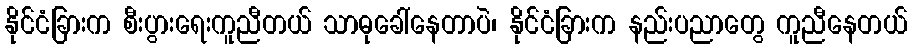
နိုင်ငံခြားက စီးပွားရေးကူညီတယ် သာဓုခေါ်နေတာပဲ၊ နိုင်ငံခြားက နည်းပညာတွေ ကူညီနေတယ်